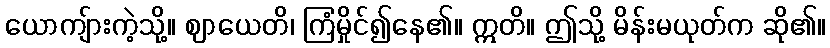
ယောကျ်ားကဲ့သို့။ ဈာယေတိ၊ ကြံမှိုင်၍နေ၏။ ဣတိ။ ဤသို့ မိန်းမယုတ်က ဆို၏။